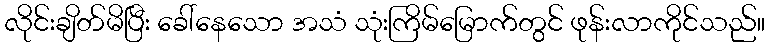
လိုင်းချိတ်မိပြီး ခေါ်နေသော အသံ သုံးကြိမ်မြောက်တွင် ဖုန်းလာကိုင်သည်။